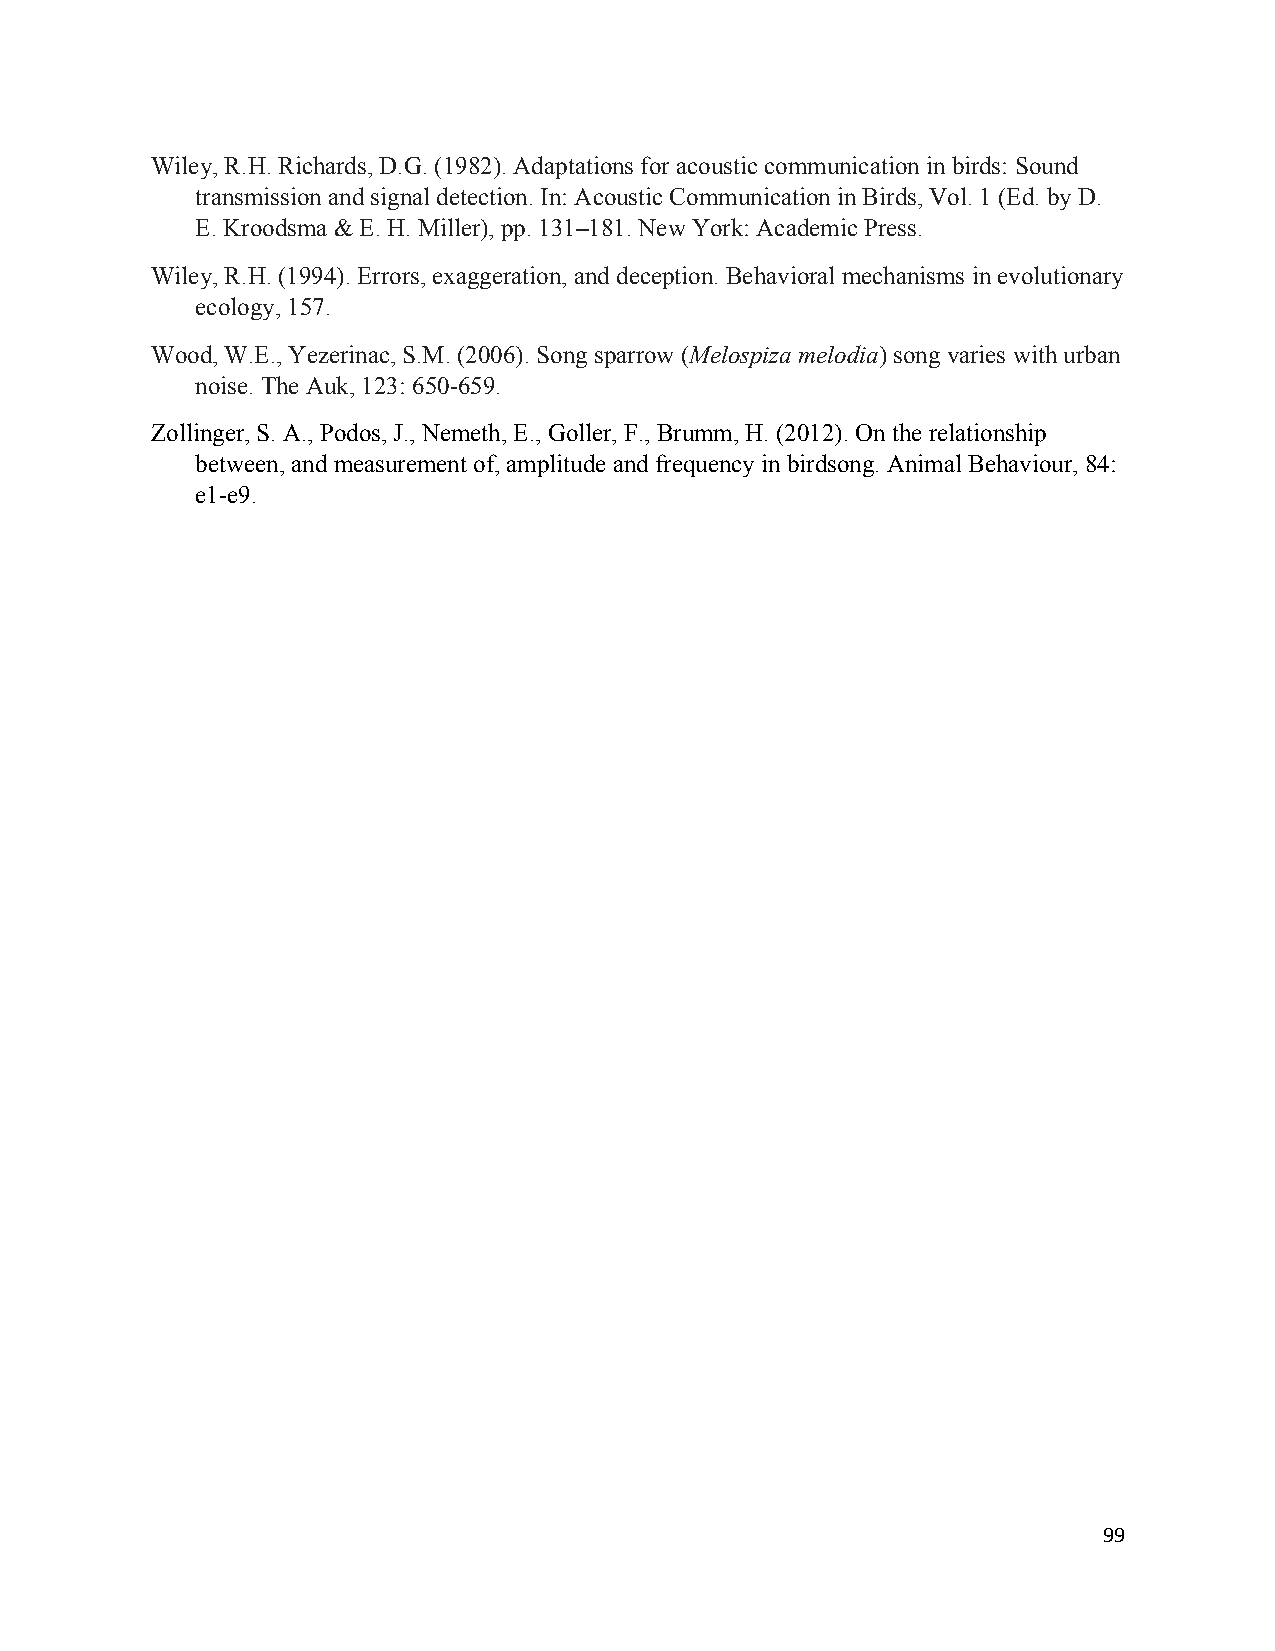
Wiley, R.H. Richards, D.G. (1982). Adaptations for acoustic communication in birds: Sound
 transmission and signal detection. In: Acoustic Communication in Birds, Vol. 1 (Ed. by D.
 E. Kroodsma & E. H. Miller), pp. 131–181. New York: Academic Press.
 Wiley, R.H. (1994). Errors, exaggeration, and deception. Behavioral mechanisms in evolutionary
 ecology, 157.
 Wood, W.E., Yezerinac, S.M. (2006). Song sparrow (Melospiza melodia) song varies with urban
 noise. The Auk, 123: 650-659.
 Zollinger, S. A., Podos, J., Nemeth, E., Goller, F., Brumm, H. (2012). On the relationship
 between, and measurement of, amplitude and frequency in birdsong. Animal Behaviour, 84:
 e1-e9.
 99